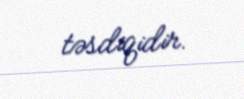
təsdiqidir.